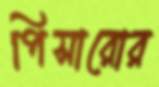
পিসারোর